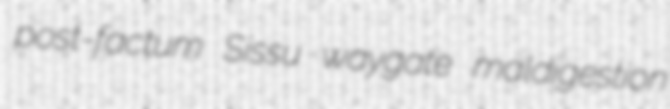
post-factum Sissu waygate maldigestion